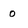
Character: 0